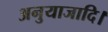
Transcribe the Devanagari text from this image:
अनुयाजादि।